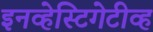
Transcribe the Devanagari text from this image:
इनव्हेस्टिगेटीव्ह